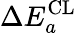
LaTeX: \Delta E_{a}^{\mathrm{CL}}